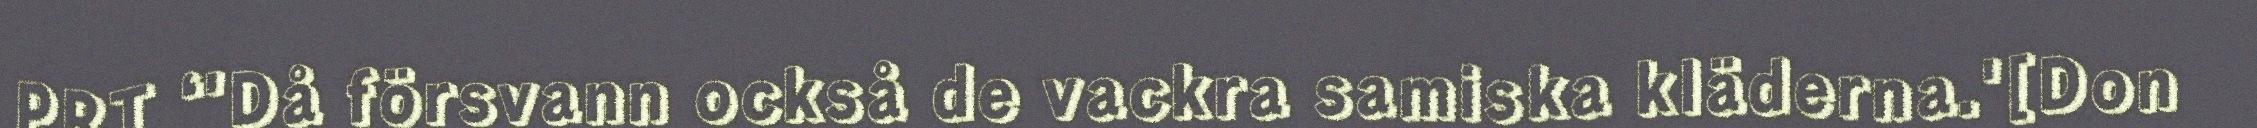
PRT ‘'Då försvann också de vackra samiska kläderna.'[Don